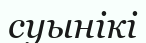
суынікі